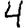
Digit: 4